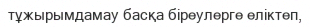
тұжырымдамау басқа біреулерге еліктеп,